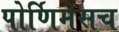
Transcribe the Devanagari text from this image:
पोर्णिमेसच